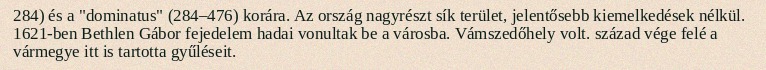
284) és a "dominatus" (284–476) korára. Az ország nagyrészt sík terület, jelentősebb kiemelkedések nélkül. 1621-ben Bethlen Gábor fejedelem hadai vonultak be a városba. Vámszedőhely volt. század vége felé a vármegye itt is tartotta gyűléseit.